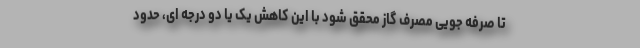
تا صرفه جویی مصرف گاز محقق شود با این کاهش یک یا دو درجه ای، حدود